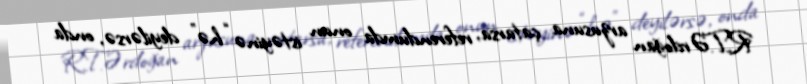
R.T.Ərdoğan arzusuna çatarsa, referendumda onun istəyinə “hə” deyilərsə, onda